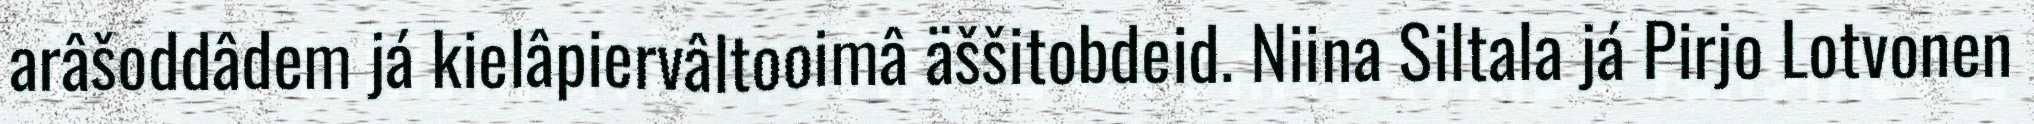
arâšoddâdem já kielâpiervâltooimâ äššitobdeid. Niina Siltala já Pirjo Lotvonen